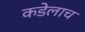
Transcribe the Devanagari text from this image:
कडेलाच